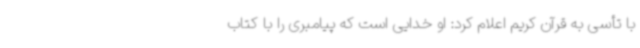
با تأسی به قرآن کریم اعلام کرد: او خدایی است که پیامبری را با کتاب